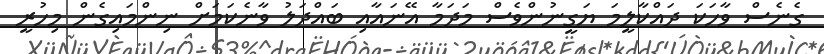
ގެނެސް ވާހަކަ ދައްކާލީމަ ޔަގީނުންވެސް މަދަމާ އޭނައާއި ބައްދަލު ވާނެކަމަށް ނިންމައިގެން މިހުރީ